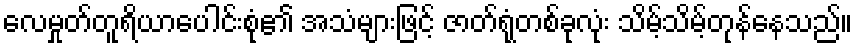
လေမှုတ်တူရိယာပေါင်းစုံ၏ အသံများဖြင့် ဇာတ်ရုံတစ်ခုလုံး သိမ့်သိမ့်တုန်နေသည်။